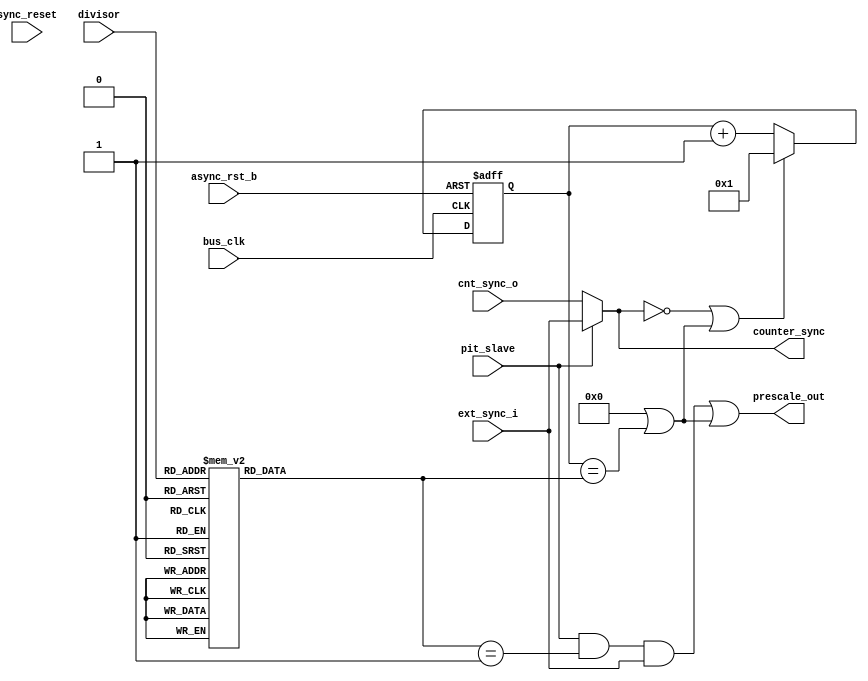
////////////////////////////////////////////////////////////////////////////////
//
//  Programable Interrupt Timer - Prescale Counter
//
//          rehayes@opencores.org
//
//  Downloaded from: http://www.opencores.org/projects/pit.....
//
////////////////////////////////////////////////////////////////////////////////
// Copyright (c) 2009, Robert Hayes
//
// All rights reserved.
//
// Redistribution and use in source and binary forms, with or without
// modification, are permitted provided that the following conditions are met:
//     * Redistributions of source code must retain the above copyright
//       notice, this list of conditions and the following disclaimer.
//     * Redistributions in binary form must reproduce the above copyright
//       notice, this list of conditions and the following disclaimer in the
//       documentation and/or other materials provided with the distribution.
//     * Neither the name of the <organization> nor the
//       names of its contributors may be used to endorse or promote products
//       derived from this software without specific prior written permission.
//
// THIS SOFTWARE IS PROVIDED BY Robert Hayes ''AS IS'' AND ANY
// EXPRESS OR IMPLIED WARRANTIES, INCLUDING, BUT NOT LIMITED TO, THE IMPLIED
// WARRANTIES OF MERCHANTABILITY AND FITNESS FOR A PARTICULAR PURPOSE ARE
// DISCLAIMED. IN NO EVENT SHALL Robert Hayes BE LIABLE FOR ANY
// DIRECT, INDIRECT, INCIDENTAL, SPECIAL, EXEMPLARY, OR CONSEQUENTIAL DAMAGES
// (INCLUDING, BUT NOT LIMITED TO, PROCUREMENT OF SUBSTITUTE GOODS OR SERVICES;
// LOSS OF USE, DATA, OR PROFITS; OR BUSINESS INTERRUPTION) HOWEVER CAUSED AND
// ON ANY THEORY OF LIABILITY, WHETHER IN CONTRACT, STRICT LIABILITY, OR TORT
// (INCLUDING NEGLIGENCE OR OTHERWISE) ARISING IN ANY WAY OUT OF THE USE OF THIS
// SOFTWARE, EVEN IF ADVISED OF THE POSSIBILITY OF SUCH DAMAGE.
////////////////////////////////////////////////////////////////////////////////
// 45678901234567890123456789012345678901234567890123456789012345678901234567890

module pit_prescale #(parameter COUNT_SIZE = 15,
                      parameter DECADE_CNTR = 1,
		      parameter NO_PRESCALE = 0)
  (
  output                      prescale_out,  // 
  output                      counter_sync,  // 
  input                       async_rst_b,   // 
  input                       sync_reset,    // Syncronous reset signal
  input                       bus_clk,       // Reference Clock
  input                       cnt_sync_o,    // Syncronous counter enable
  input                       ext_sync_i,    // Enable from external PIT
  input                       pit_slave,     // PIT Slave Mode
  input                 [3:0] divisor        // Count Divisor
  );
  
// Warning: This counter has no safety net if the divisor changes while the
//           counter is active. There may need to be an addtional latch
//           register for"divisor" that captures on the falling edge of
//           "cnt_sync_o" or when "cnt_n" rolls over to eliminate this problem.

reg    [COUNT_SIZE-1:0] cnt_n;         // Div N counter
reg    [COUNT_SIZE-1:0] end_count;     // Psudo register for decoding

wire                    div_1;         // 
wire                    rollover;      // 

// This was going to be a "generate" block but iverilog does't support that
//  command so we'll just have to trust the compiler to simplify the logic based
//  on the setting of the constant "DECADE_CNTR"
   always @*
     if ( DECADE_CNTR )
       case (divisor)
          0: end_count = 1;
          1: end_count = 2;
          2: end_count = 4;
          3: end_count = 8;
          4: end_count = 10;
          5: end_count = 100;
          6: end_count = 1_000;
          7: end_count = 10_000;
          8: end_count = 20_000;
          default: end_count = 20_000;
        endcase
    else
        case (divisor)
           0: end_count = 1;
           1: end_count = 2;
           2: end_count = 4;
           3: end_count = 8;
           4: end_count = 16;
           5: end_count = 32;
           6: end_count = 64;
           7: end_count = 128;
           8: end_count = 256;
           9: end_count = 512;
          10: end_count = 1024;
          11: end_count = 2048;
          12: end_count = 4096;
          13: end_count = 8192;
          14: end_count = 16384;
          15: end_count = 32768;
        endcase

assign counter_sync = pit_slave ? ext_sync_i : cnt_sync_o;

assign div_1 = (end_count == 1);

assign rollover = NO_PRESCALE || (cnt_n == end_count);

assign prescale_out = (pit_slave && div_1 && ext_sync_i) || rollover; 

// Div N Counter
// If the "NO_PRESCALE" parameter is set the compiler should hopefully strip
//  these counter bits when the module is compiled because the only place the
//  register outputs go to drive a signal "rollover" that is already a constant.
always @(posedge bus_clk or negedge async_rst_b)
  if ( !async_rst_b )
    cnt_n  <= 1;
  else if ( !counter_sync || rollover)
    cnt_n  <= 1;
//  else if ( rollover )
//    cnt_n  <= 1;
  else
    cnt_n  <= cnt_n + 1;


endmodule  // pit_prescale